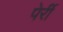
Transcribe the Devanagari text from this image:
पेर्री